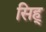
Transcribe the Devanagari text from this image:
सिह्